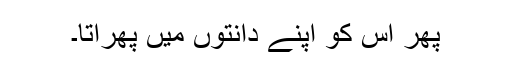
پھر اس کو اپنے دانتوں میں پھراتا۔